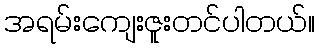
အရမ်းကျေးဇူးတင်ပါတယ်။